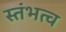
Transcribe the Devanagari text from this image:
स्तंभत्व